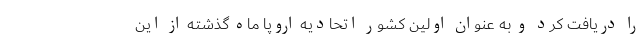
را دریافت کرد و به عنوان اولین کشور اتحادیه اروپا ماه گذشته از این